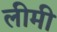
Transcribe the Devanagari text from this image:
लीमी